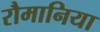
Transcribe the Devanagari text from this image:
रौमानिया